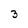
Character: 3